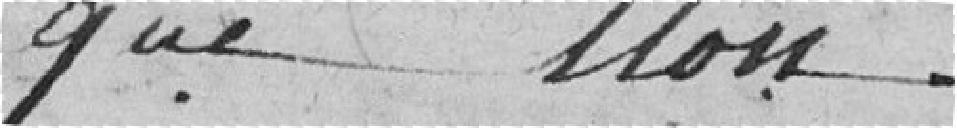
que non.